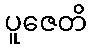
ပူဇေတိ